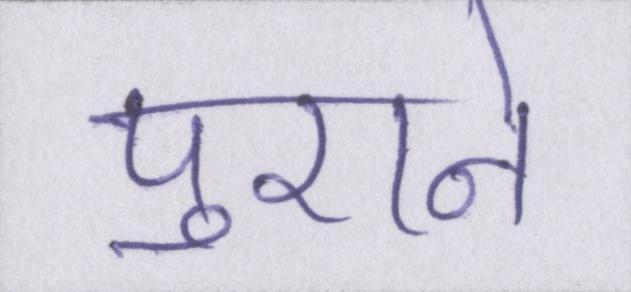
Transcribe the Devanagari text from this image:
पुराने